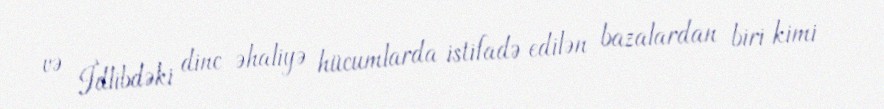
və İdlibdəki dinc əhaliyə hücumlarda istifadə edilən bazalardan biri kimi